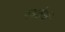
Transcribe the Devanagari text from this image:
रयतेचं